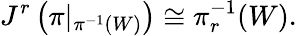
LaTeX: J^{r}\left(\pi|_{\pi^{-1}(W)}\right)\cong\pi_{r}^{-1}(W).